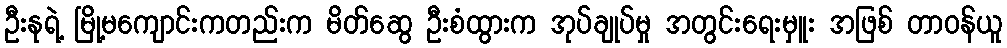
ဦးနုရဲ့ မြို့မကျောင်းကတည်းက မိတ်ဆွေ ဦးစံထွားက အုပ်ချုပ်မှု အတွင်းရေးမှူး အဖြစ် တာဝန်ယူ